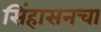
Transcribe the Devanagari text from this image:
सिंहासनचा